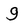
Character: g